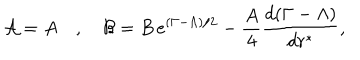
{ \cal { A } } = A \quad , \quad { \cal { B } } = B \, e ^ { ( \Gamma - \Lambda ) / 2 } - \frac { A } { 4 } \frac { d ( \Gamma - \Lambda ) } { d r ^ { * } } ,